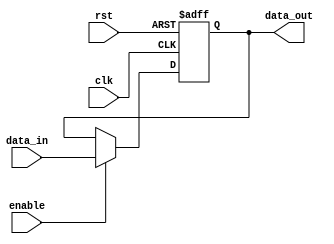
module MIPS_input (
	//INPUTs
	input clk,
	input enable,				//Write Enable
	input rst,
	input [7:0] data_in,		//Data to be in flops
	
	//OUTPUTs
	output [7:0] data_out 	//Data stable data out
);

	reg [7:0] data;

	always @(posedge clk or negedge rst) begin
		if (~rst) begin
			data <= 8'h0;
		end else begin
			if(enable) begin
				data <= data_in;
			end
		end
	end
	
	assign data_out = data;


endmodule